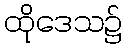
ထိုဒေသ၌